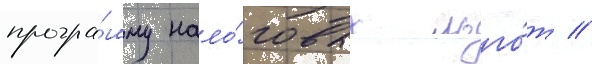
програ́мму нало́говых льго́т //